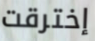
إخترقت